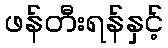
ဖန်တီးရန်နှင့်